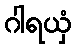
ဂါရယှံ